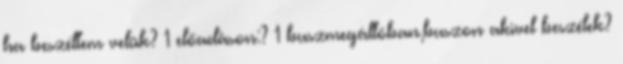
ha beszéltem velük? 1 előadáson:? 1 buszmegállóban,buszon akivel beszélek?